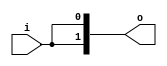

// Copyright (c) 2000-2009 Bluespec, Inc.

// Permission is hereby granted, free of charge, to any person obtaining a copy
// of this software and associated documentation files (the "Software"), to deal
// in the Software without restriction, including without limitation the rights
// to use, copy, modify, merge, publish, distribute, sublicense, and/or sell
// copies of the Software, and to permit persons to whom the Software is
// furnished to do so, subject to the following conditions:

// The above copyright notice and this permission notice shall be included in
// all copies or substantial portions of the Software.

// THE SOFTWARE IS PROVIDED "AS IS", WITHOUT WARRANTY OF ANY KIND, EXPRESS OR
// IMPLIED, INCLUDING BUT NOT LIMITED TO THE WARRANTIES OF MERCHANTABILITY,
// FITNESS FOR A PARTICULAR PURPOSE AND NONINFRINGEMENT. IN NO EVENT SHALL THE
// AUTHORS OR COPYRIGHT HOLDERS BE LIABLE FOR ANY CLAIM, DAMAGES OR OTHER
// LIABILITY, WHETHER IN AN ACTION OF CONTRACT, TORT OR OTHERWISE, ARISING FROM,
// OUT OF OR IN CONNECTION WITH THE SOFTWARE OR THE USE OR OTHER DEALINGS IN
// THE SOFTWARE.
//
// $Revision: 17872 $
// $Date: 2009-09-18 14:32:56 +0000 (Fri, 18 Sep 2009) $

`ifdef BSV_ASSIGNMENT_DELAY
`else
`define BSV_ASSIGNMENT_DELAY
`endif

module Fork(i, o);
   // synopsys template   
   parameter iw = 1;
   parameter ow = 2;

   input [iw - 1 : 0] i;
   
   output [ow - 1 : 0] o;

   assign 		      o = { i, i };
   
endmodule